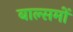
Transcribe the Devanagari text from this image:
बाल्समों